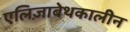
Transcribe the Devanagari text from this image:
एलिज़ाबेथकालीन